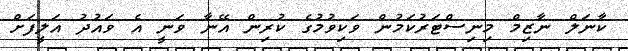
ކާނަލް ނާޒިމް މިނިސްޓަރުކަމުން ވަކިވުމުގެ ކުރިން އޭނާ ވަނީ އެ ވައުދު އަލީފަށް